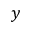
y